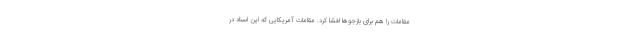
مقامات را هم برای بازجوها افشا کرد. مقامات آمریکایی که این اسناد در